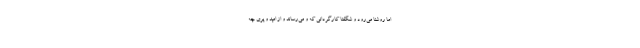
اما روشنا می‌رود و شگفتا کارگردانی که و می‌رساند و از امید و پری چه